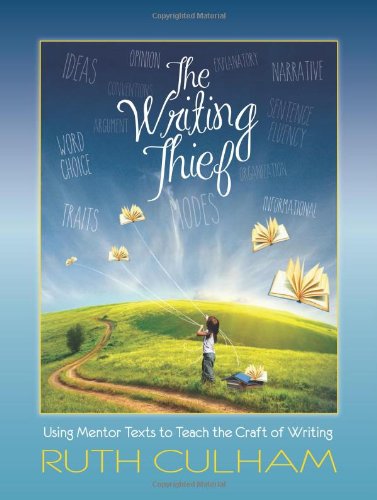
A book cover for The Writing Thief: Using Mentor Texts to Teach the Craft of Writing; Ruth Culham; Education & Teaching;